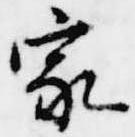
家